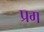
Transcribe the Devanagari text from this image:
प्रग